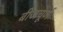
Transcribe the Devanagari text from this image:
बीजचूर्ण